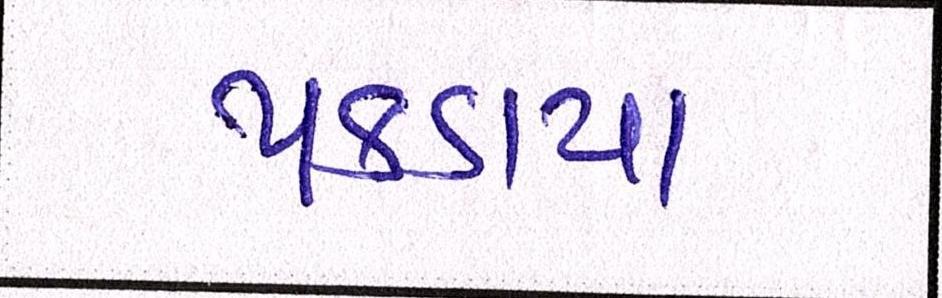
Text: પકડાયા